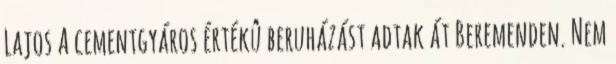
Lajos A cementgyáros értékû beruházást adtak át Beremenden. Nem